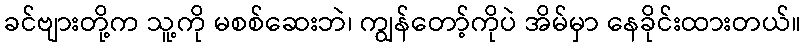
ခင်ဗျားတို့က သူ့ကို မစစ်ဆေးဘဲ၊ ကျွန်တော့်ကိုပဲ အိမ်မှာ နေခိုင်းထားတယ်။